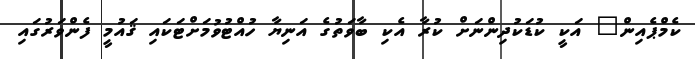
ކެމްޕެއިން" އަކީ ކުޑަކުދިންނަށް ކުރާ އެކި ބާވަތުގެ އަނިޔާ ހުއްޓުވުމަށްޓަކައި ޤައުމީ ފެންވަރުގައި